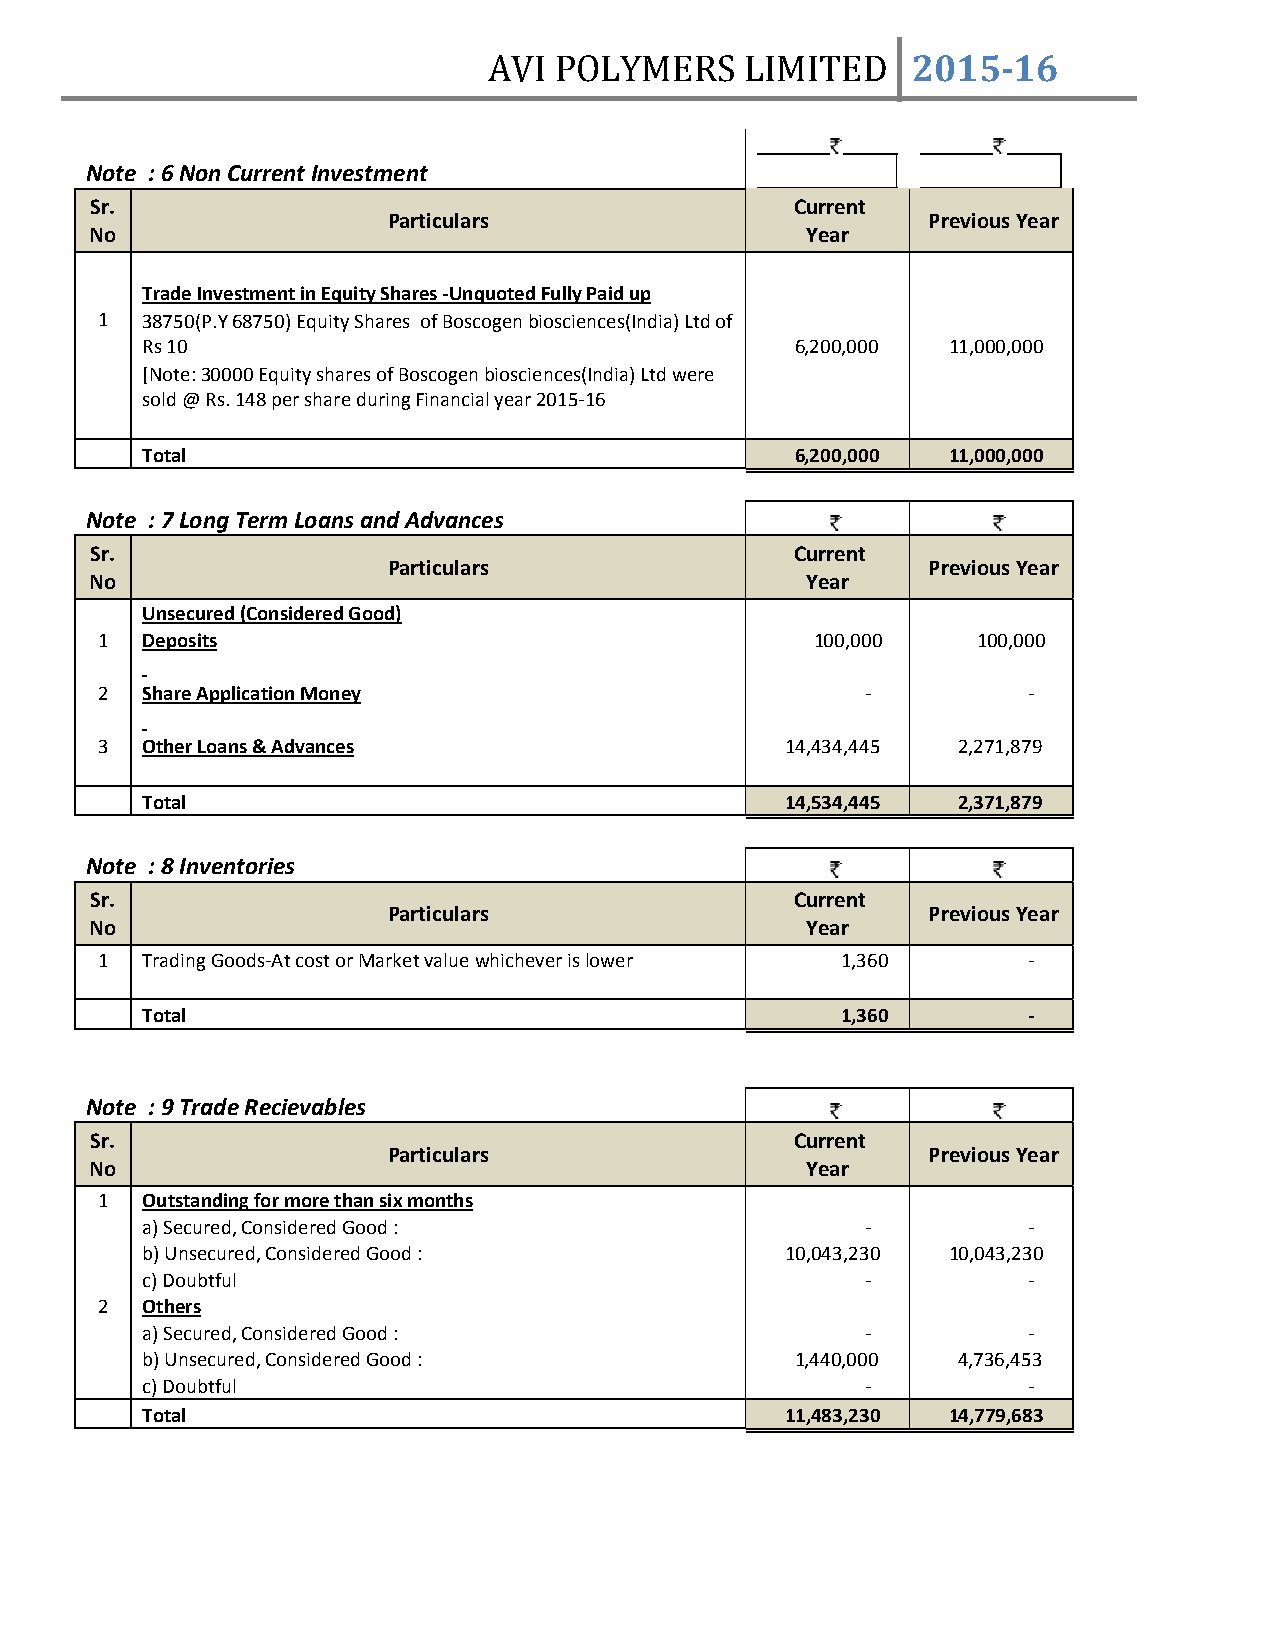
AVI  POLYMERS    LIMITED    2015­16
 Note : 6 Non Current Investment
 Sr.                                            Current
 Particulars                        Previous Year
 No                                             Year
 Trade Investment in Equity Shares ‐Unquoted Fully Paid up
 1  38750(P.Y 68750) Equity Shares of Boscogen biosciences(India) Ltd of
 Rs 10                                       6,200,000 11,000,000
 [Note: 30000 Equity shares of Boscogen biosciences(India) Ltd were
 sold @ Rs. 148 per share during Financial year 2015‐16
 Total                                       6,200,000 11,000,000
 Note : 7 Long Term Loans and Advances
 Sr.                                            Current
 Particulars                        Previous Year
 No                                             Year
 Unsecured (Considered Good)
 1  Deposits                                     100,000    100,000
 2  Share Application Money                         ‐          ‐
 3  Other Loans & Advances                     14,434,445 2,271,879
 Total                                      14,534,445 2,371,879
 Note : 8 Inventories
 Sr.                                            Current
 Particulars                        Previous Year
 No                                             Year
 1  Trading Goods‐At cost or Market value whichever is lower 1,360 ‐
 Total                                          1,360       ‐
 Note : 9 Trade Recievables
 Sr.                                            Current
 Particulars                        Previous Year
 No                                             Year
 1  Outstanding for more than six months
 a) Secured, Considered Good :                   ‐          ‐
 b) Unsecured, Considered Good :            10,043,230 10,043,230
 c) Doubtful                                     ‐          ‐
 2  Others
 a) Secured, Considered Good :                   ‐          ‐
 b) Unsecured, Considered Good :             1,440,000 4,736,453
 c) Doubtful                                     ‐          ‐
 Total                                      11,483,230 14,779,683